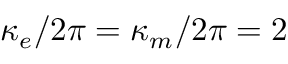
\kappa _ { e } / 2 \pi = \kappa _ { m } / 2 \pi = 2